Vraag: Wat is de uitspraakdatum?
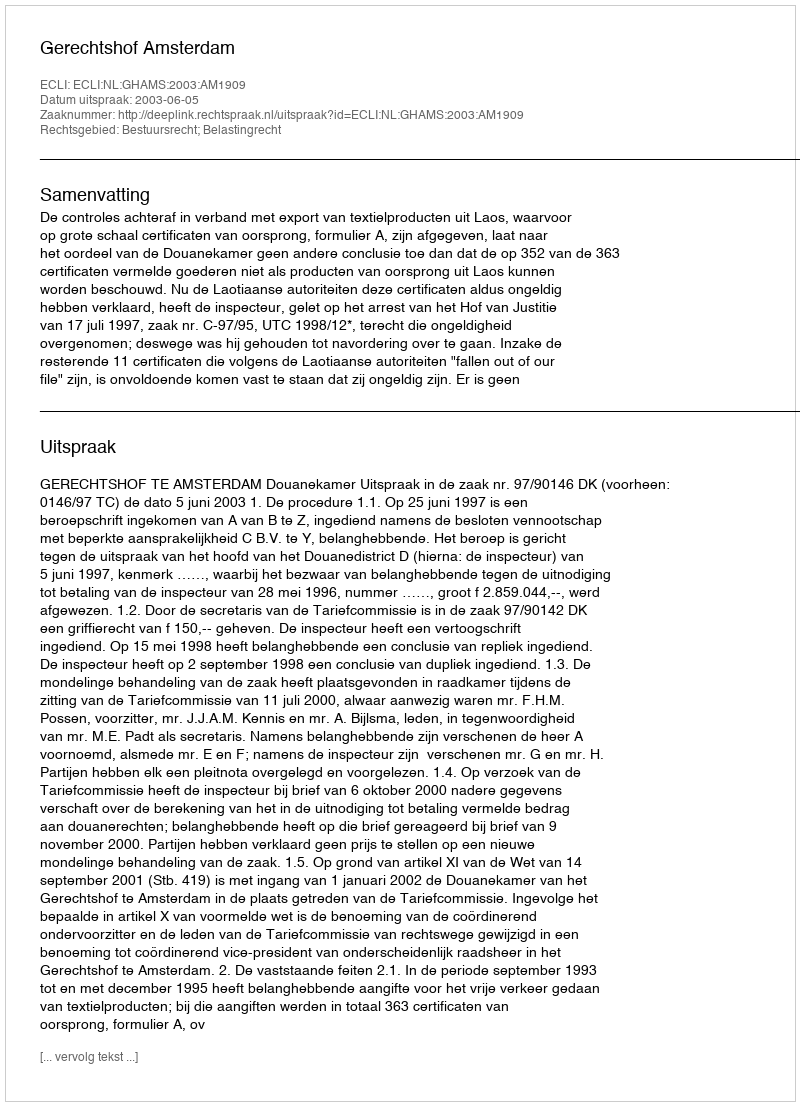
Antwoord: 2003-06-05